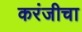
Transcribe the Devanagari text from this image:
करंजीचा